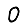
Digit: 0